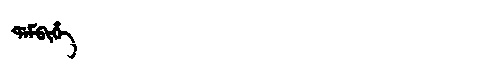
Manchu: ᡩᠠᠮᠪᡳᡥᡝ
Romanization: DAMBIHE